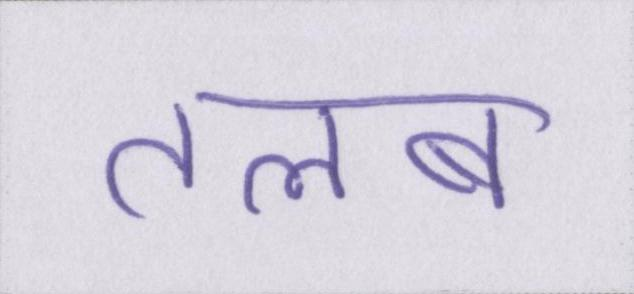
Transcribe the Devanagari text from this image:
तलब